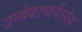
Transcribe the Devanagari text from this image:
उम्बेकाचार्यस्येयं